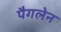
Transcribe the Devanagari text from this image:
पैगलेन